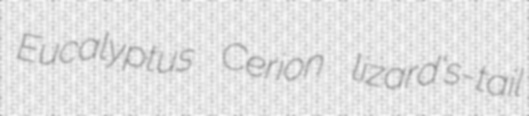
Eucalyptus Cerion lizard's-tail